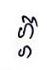
ភ្ភ